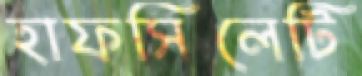
হাফসিলেটি